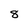
Character: 8